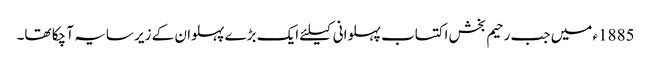
1885ء میں جب رحیم بخش اکتساب پہلوانی کیلئے ایک بڑے پہلوان کے زیر سایہ آ چکا تھا۔